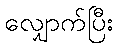
လျှောက်ပြီး